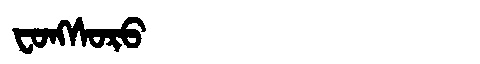
Manchu: ᠸᠣᠩᠰᠣᡵᠣ
Romanization: FONGSORO